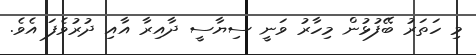
މި ހަތަރު ބޭފުޅުން މިހާރު ވަނީ ސިޔާސީ ދާއިރާ އާއި ދުރުވެފަ އެވެ.